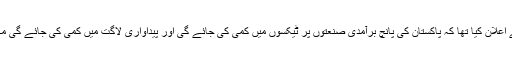
بجلی، گیس اور آئل کی قیمتوں میں مسلسل اضافہ ہورہا ہے، اس سلسلے میں موجودہ حکومت نے اعلان کیا تھا کہ پاکستان کی پانچ برآمدی صنعتوں پر ٹیکسوں میں کمی کی جائے گی اور پیداواری لاگت میں کمی کی جائے گی مگر ابھی تک صنعتکاروں اور تاجروں کے احتجاج پر صرف گیس کی قیمتوں میں کمی کی گئی۔